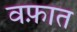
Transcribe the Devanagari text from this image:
वफ़ात